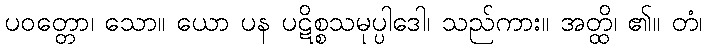
ပဝတ္တော၊ သော။ ယော ပန ပဋိစ္စသမုပ္ပါဒေါ၊ သည်ကား။ အတ္ထိ၊ ၏။ တံ၊